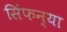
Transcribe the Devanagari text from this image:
सिंफन्या